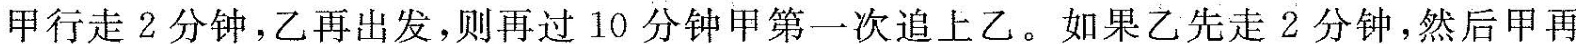
甲行走2分钟，乙再出发，则再过10分钟甲第一次追上乙。如果乙先走2分钟，然后甲再